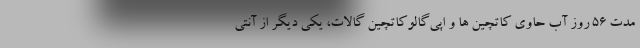
مدت 56 روز آب حاوی کاتچین ها و اپی‌گالوکاتچین گالات، یکی دیگر از آنتی